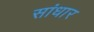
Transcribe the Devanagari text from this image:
सांधार